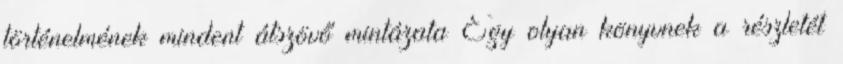
történelmének mindent átszövő mintázata Egy olyan könyvnek a részletét